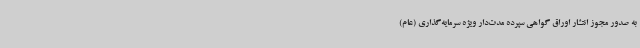
به صدور مجوز انتشار اوراق گواهی سپرده مدت‌دار ویژه سرمایه‌گذاری (عام)